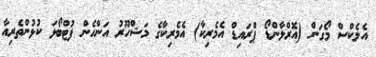
އެލެކްސް މޯގަން (އޮރްލާންޑޯ ޕްރައިޑް އެމެރިކާ) އެމެރިކާގެ މަޝްހޫރު އަންހެން ފުޓްބޯޅަ ކުޅުންތެރިއާ